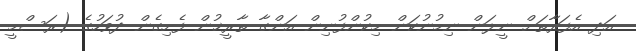
އަދި އެފަރާތަށް ނީލަން ނިމުނުކަން މިކުންފުނިން އަންގާ ތާރީޚުން ފެށިގެން ދުވަހުގެ (ރަސްމީ